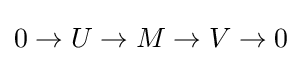
0\to U\to M\to V\to 0